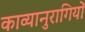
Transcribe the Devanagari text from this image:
काव्यानुरागियों